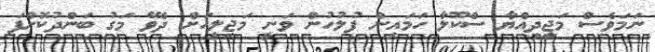
ނަމަވެސް މަޖީދިއްޔާ ސްކޫލާ ހަމައިން ފުލުހުން ވަނީ މަޖިލީހަށް ދެވޭ މަގު ބަންދުކޮށްފަ